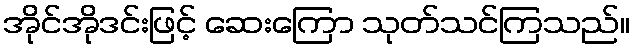
အိုင်အိုဒင်းဖြင့် ဆေးကြော သုတ်သင်ကြသည်။